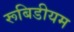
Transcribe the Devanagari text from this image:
रूबिडीयम